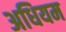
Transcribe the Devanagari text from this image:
अधियम